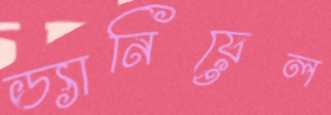
ড্যানিয়েল